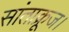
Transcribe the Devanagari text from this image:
सांताक्रूज।